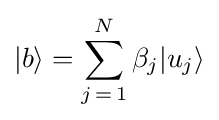
|b\rangle =\sum _{j\mathop {=} 1}^{N}\beta _{j}|u_{j}\rangle